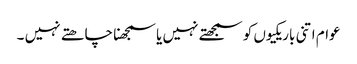
عوام اتنی باریکیوں کو سمجھتے نہیں یا سمجھنا چاھتے نہیں ۔